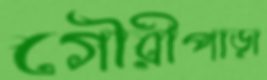
গৌরীপাড়া